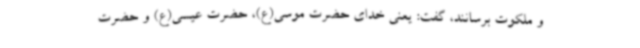
و ملکوت برسانند، گفت: یعنی خدای حضرت موسی(ع)، حضرت عیسی(ع) و حضرت